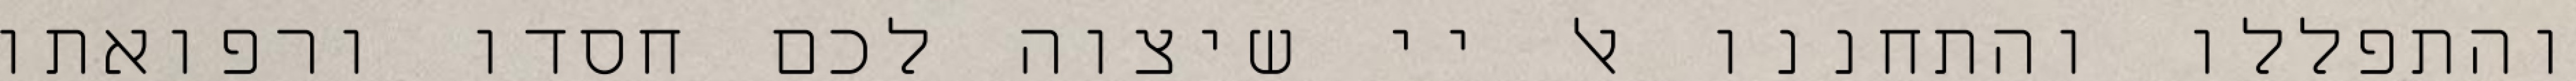
והתפללו והתחננו אל יי שיצוה לכם חסדו ורפואתו